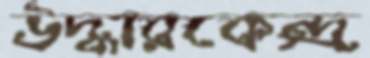
উদ্ধারকেন্দ্র